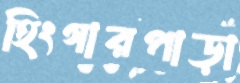
হিংগারপাড়া